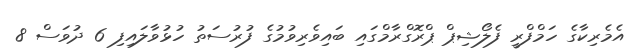
އެމެރިކާގެ ހަމްފްރީ ފެލޯޝިޕް ޕްރޮގްރާމްގައި ބައިވެރިވުމުގެ ފުރުސަތު ހުޅުވާލައިފި 6 ދުވަސް 8